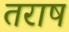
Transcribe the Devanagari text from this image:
तराष